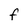
Character: F